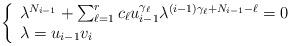
LaTeX: \begin{align*}\left\{\begin{array}{l}\lambda^{N_{i-1}}+\sum_{\ell=1}^{r} c_\ell u_{i-1}^{\gamma_\ell}\lambda^{(i-1)\gamma_\ell+N_{i-1}-\ell}=0 \\\lambda=u_{i-1}v_{i}\end{array}\right.\end{align*}